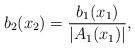
LaTeX: \begin{align*}b_2(x_2)=\frac{b_1(x_1)}{|A_1(x_1)|},\end{align*}